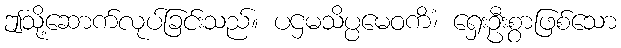
ဤသို့ဆောက်လုပ်ခြင်းသည်။ ပဌမသိပ္ပမေဝကိံ၊ ရှေးဦးစွာဖြစ်သော